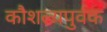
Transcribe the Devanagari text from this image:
कौशल्यपुर्वक